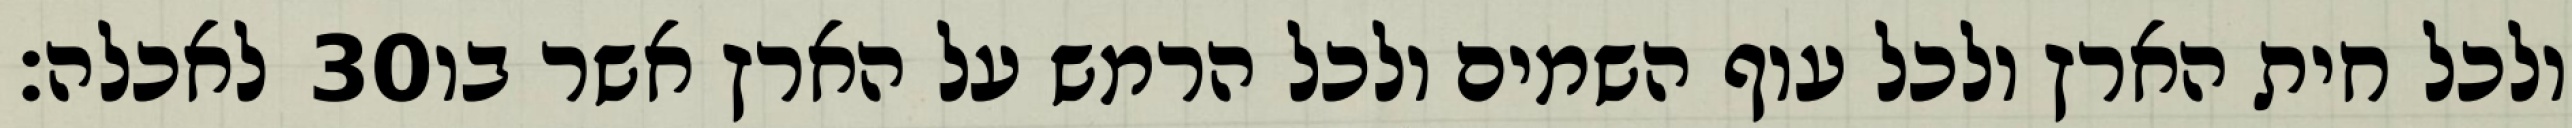
לאכלה׃ ‎30‏ ולכל חית הארץ ולכל עוף השמים ולכל הרמש על הארץ אשר בו